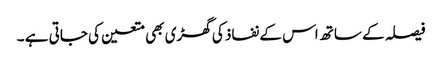
فیصلہ کے ساتھ اس کے نفاذ کی گھڑی بھی متعین کی جاتی ہے ۔